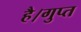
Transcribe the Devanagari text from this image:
है।गुप्त